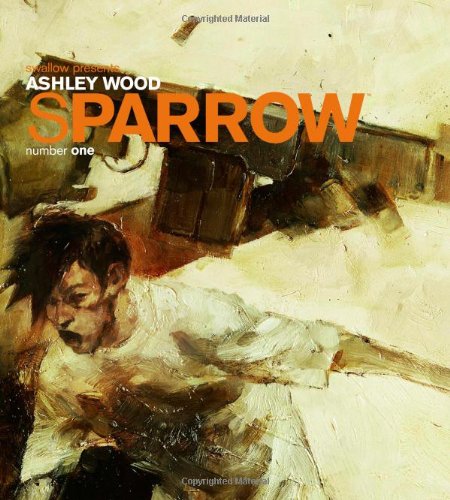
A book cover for Sparrow Volume 1: Ashley Wood (Sparrow Hc); Ashley Wood; Comics & Graphic Novels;